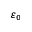
\varepsilon _ { 0 }